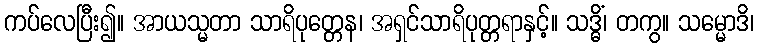
ကပ်လေပြီး၍။ အာယသ္မတာ သာရိပုတ္တေန၊ အရှင်သာရိပုတ္တရာနှင့်။ သဒ္ဓိံ၊ တကွ။ သမ္မောဒိ၊